Report on the cholera epidemic of
Year: 1868
Disease focus: Cholera
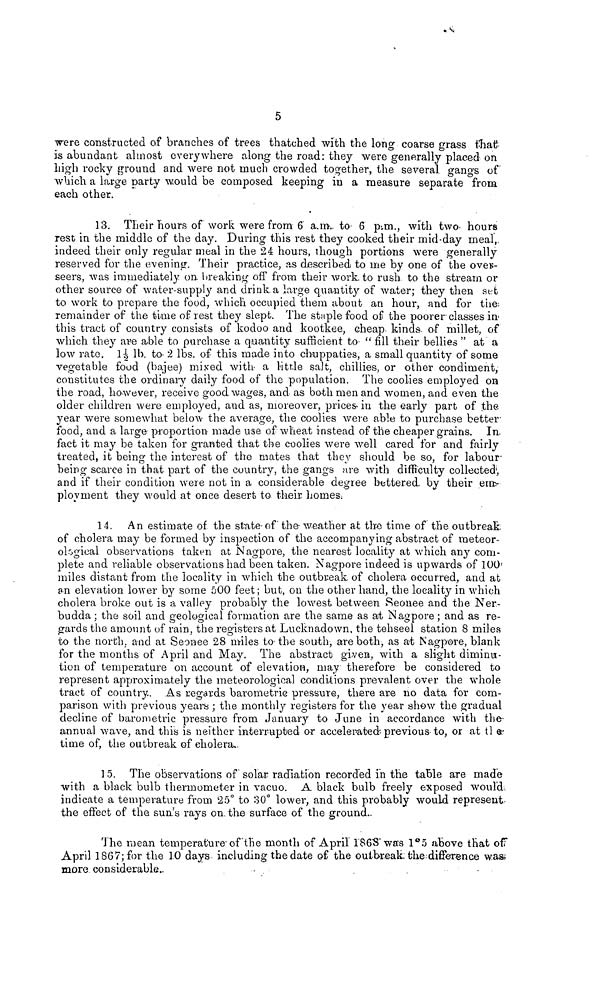
5
were constructed of branches of trees thatched with the long coarse grass that
is abundant almost everywhere along the road: they were generally placed on
high rocky ground and were not much crowded together, the several gangs of
which a large party would be composed keeping in a measure separate from
each other.
13. Their hours of work were from 6 a.m.. to 6 p.m., with two hours
rest in the middle of the day. During this rest they cooked their mid-day meal
indeed their only regular meal in the 24 hours, though portions were generally
reserved for the evening. Their practice, as described to me by one of the over-
seers, was immediately on, breaking off from their work, to rush, to the stream or
other source of water-supply and drink, a large quantity of water; they then set
to work to prepare the food, which occupied them about an hour, and for the
remainder of the time of rest they slept. The staple food of the poorer classes in
this tract of country consists of kodoo and kootkee, cheap kinds·, of millet, of
which they are able to purchase a quantity sufficient to " fill their bellies " at a
low rate. 1½ lb to 2 lbs. of this made into chuppaties, a small quantity of some
vegetable food (bajee) mixed with a Hule salt, chillies, or other condiment,
constitutes the ordinary daily food of the population. The coolies employed on
the road, however, receive good wages, and as both men and women, and even the
older children were employed, and as, moreover, prices in the early part of the
year were somewhat below the average, the coolies were able to purchase better
food, and a large proportion made use of wheat instead of the cheaper grains. In.
fact it may be taken for granted that the coolies were well cared for and fairly
treated, it being the interest of the mates that they should be so, for labour-
being scarce in that part of the country, the gangs are with difficulty collected,
and if their condition were not in a considerable degree bettered, by their em-
ployment they would at once desert to their homes.
14. An estimate of the state of the weather at the time of the outbreak,
of cholera may be formed by inspection of the accompanying abstract of meteor-
ological observations taken at Nagpore, the nearest locality at which any com-
plete and reliable observations had been taken. Nagpore indeed is upwards of 100
miles distant from the locality in which the outbreak, of cholera occurred, and at
an elevation lower by some 500 feet ; but, on the other hand, the locality in which
cholera broke out is a valley probably the lowest between Seonee and the Ner-
budda ; the soil and geological formation are the same as at Nagpore ; and as re-
gards the amount of rain, the registers at Lucknadown, the tehseel station 8 miles
to the north, and at Seonee 28 miles to the south, are both, as at Nagpore, blank
for the months of April and May. The abstract given, with a slight diminu-
tion of temperature on account of elevation, may therefore be considered to
represent approximately the meteorological conditions prevalent over the whole
tract of country. As regards barometric pressure, there are no data for com-
parison with previous years ; the monthly registers for the year show the gradual
decline of barometric pressure from January to June in accordance with the
annual wave, and this is neither interrupted or accelerated previous to, or at the
time of, the outbreak of cholera.
15. The observations of solar radiation recorded in the table are made
with a black bulb thermometer in vacuo. A black bulb freely exposed would
indicate a temperature from 25° to 30° lower, and this probably would represent-
the effect of the suas rays on. the surface of the ground.
The mean temperature of the month of April 1863 was 1°5 above that of
April 1867; for the 1.0 days including the date of the out break the difference was
more considerable.